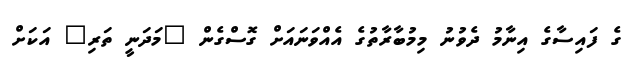
ގެ ފައިސާގެ އިނާމު ދެވުނު މިމުބާރާތުގެ އެއްވަނައަށް ގޮސްގެން "މަދަނީ ތަރި" އަކަށް